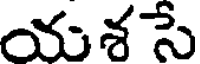
యశ సే